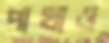
পাখাও